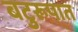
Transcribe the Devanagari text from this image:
बटुरूपात